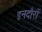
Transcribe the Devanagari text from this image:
इनदौरों